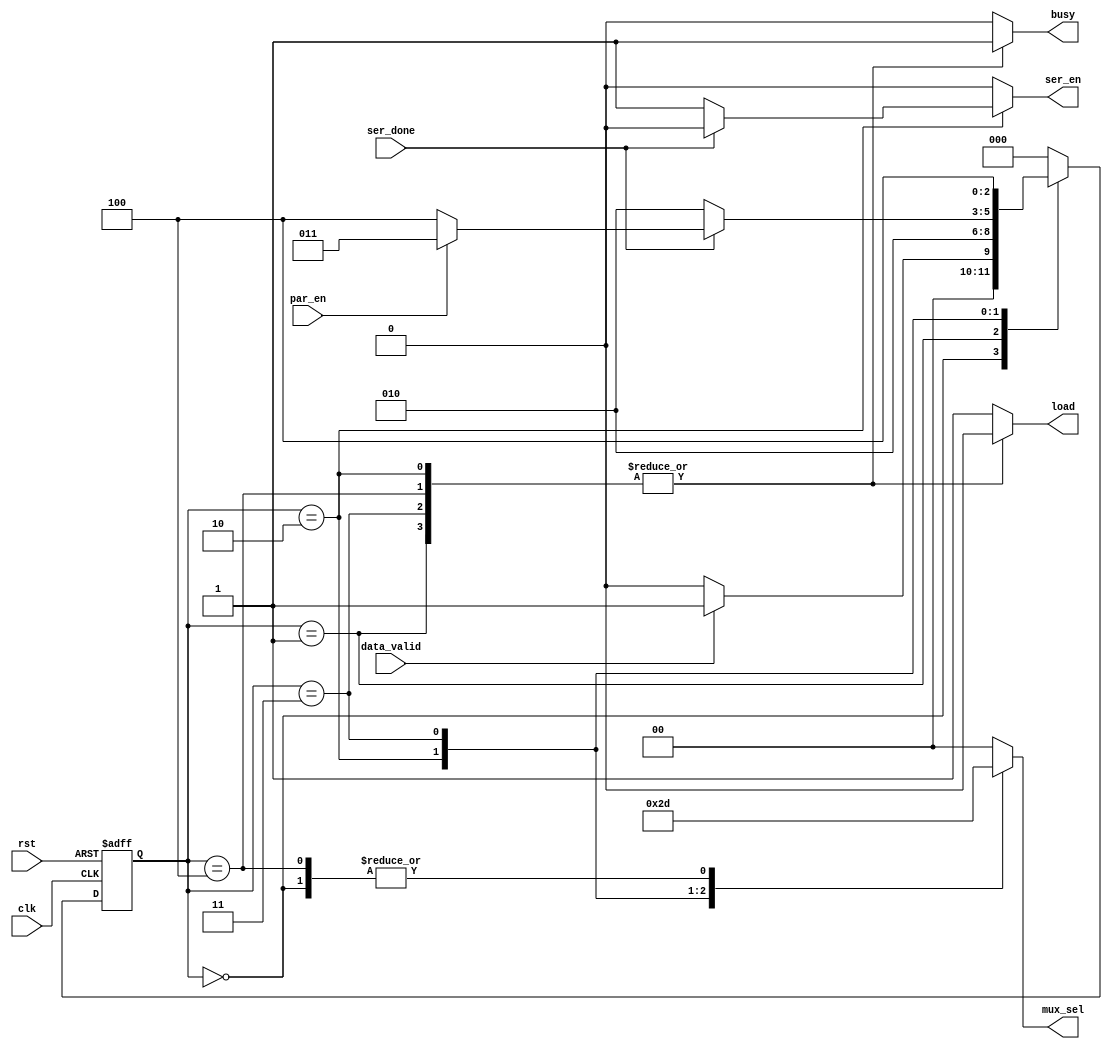
module uart_tx_fsm (clk, rst, data_valid, par_en, ser_done, load, ser_en, mux_sel, busy);

input data_valid, par_en, ser_done, clk, rst;
output reg [1:0] mux_sel;
output reg load, ser_en, busy;

reg [2:0] current_state, next_state;

parameter [2:0] s0 = 3'b000; //IDLE
parameter [2:0] s1 = 3'b001; //Start bit
parameter [2:0] s2 = 3'b010; //Ser data
parameter [2:0] s3 = 3'b011; //Party bit
parameter [2:0] s4 = 3'b100; //Stop bit

always@(posedge clk or negedge rst)
begin
    if(!rst)
    current_state <= s0;
    else
    current_state <= next_state;
end

always@(*)
begin
    case(current_state)
    s0:begin
        if(data_valid)
        next_state = s1;
        else
        next_state = s0;
    end
    s1:begin
        next_state = s2;
    end
    s2:begin
        if(ser_done)
        begin
            if(par_en)
            next_state = s3;
            else
            next_state = s4;
        end
        else
        next_state = s2;
    end
    s3:begin
        next_state = s4;
    end
    s4:begin
        next_state = s0;
    end
    default:begin
        next_state = s0;
    end
    endcase
end

always@(*)
begin
    case(current_state)
    s0:begin
        mux_sel = 2'b01 ; 
        load = 1'b1 ;
        ser_en = 1'b0 ;
        busy = 1'b0 ;
    end
    s1:begin
        mux_sel = 2'b00 ; 
        load = 1'b0 ;
        ser_en = 1'b0 ;
        busy = 1'b1 ;
    end
    s2:begin
        mux_sel = 2'b10 ; 
        load = 1'b0 ;
        ser_en = 1'b1 ;
        busy = 1'b1 ;
        if(ser_done)
        ser_en = 1'b0 ;
        else
        ser_en = 1'b1 ;
    end
    s3:begin
        mux_sel = 2'b11 ; 
        load = 1'b0 ;
        ser_en = 1'b0 ;
        busy = 1'b1 ;
    end
    s4:begin
        mux_sel = 2'b01 ; 
        load = 1'b0 ;
        ser_en = 1'b0 ;
        busy = 1'b1 ;
    end
    default:begin
        mux_sel = 2'b00 ; 
        load = 1'b1 ;
        ser_en = 1'b0 ;
        busy = 1'b0 ;
    end
    endcase
end

endmodule